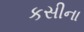
કસીના